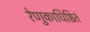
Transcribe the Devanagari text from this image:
रेणुकाधिष्ठितं